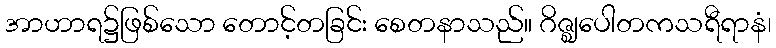
အာဟာရ၌ဖြစ်သော တောင့်တခြင်း စေတနာသည်။ ဂိဇ္ဈပေါတကသရီရာနံ၊